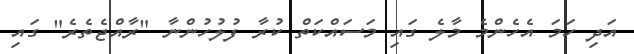
އަދި ހަމަ އެހެންމެ މާލެ ގައި މަސައްކަތް ކުރާ ފުލުހުންނާ "ރާއްޖެތެރެ" ގައި